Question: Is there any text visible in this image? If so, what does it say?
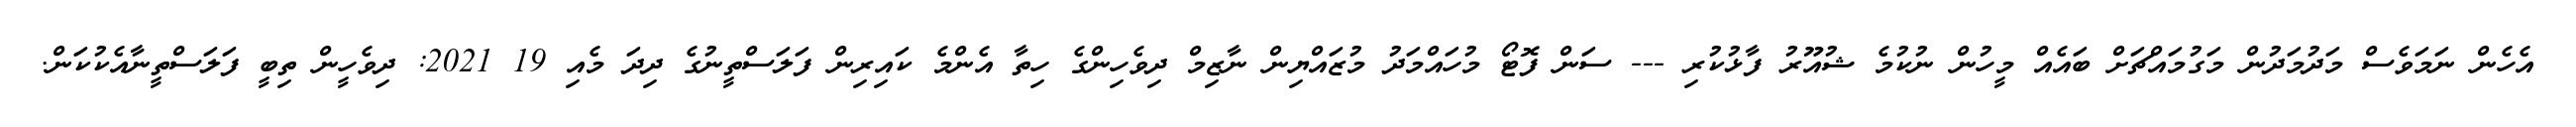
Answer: އެހެން ނަމަވެސް މަދުމަދުން މަގުމައްޗަށް ބައެއް މީހުން ނުކުމެ ޝުއޫރު ފާޅުކުރި --- ސަން ފޮޓޯ މުހައްމަދު މުޒައްޔިން ނާޒިމް ދިވެހިންގެ ހިތާ އެންމެ ކައިރިން ފަލަސްތީނުގެ ދިދަ މެއި 19 2021: ދިވެހީން ތިބީ ފަލަސްތީނާއެކުކަން.